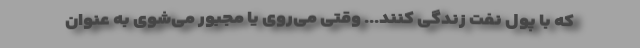
که با پول نفت زندگی کنند... وقتی می‌روی یا مجبور می‌شوی به عنوان